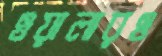
ওয়ালারও